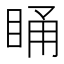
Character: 𭾸